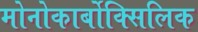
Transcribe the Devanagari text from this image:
मोनोकार्बोक्सिलिक